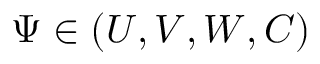
\Psi \in ( U , V , W , C )